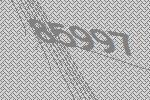
85997